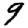
Digit: 9